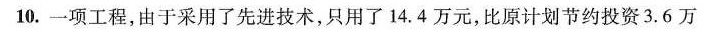
10.一项工程，由于采用了先进技术，只用了14.4万元，比原计划节约投资3.6万